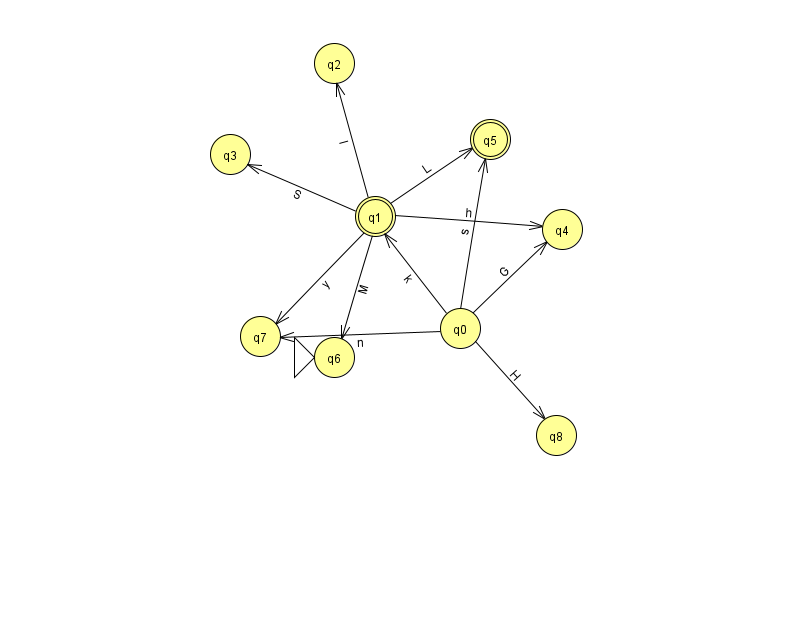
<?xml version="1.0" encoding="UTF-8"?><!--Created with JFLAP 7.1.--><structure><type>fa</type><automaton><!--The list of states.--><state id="0" name="q0"><x>460.0</x><y>315.0</y></state><state id="1" name="q1"><x>375.0</x><y>203.0</y><final/></state><state id="2" name="q2"><x>334.0</x><y>50.0</y></state><state id="3" name="q3"><x>230.0</x><y>141.0</y></state><state id="4" name="q4"><x>562.0</x><y>216.0</y></state><state id="5" name="q5"><x>490.0</x><y>126.0</y><final/></state><state id="6" name="q6"><x>334.0</x><y>344.0</y><initial/></state><state id="7" name="q7"><x>260.0</x><y>323.0</y></state><state id="8" name="q8"><x>556.0</x><y>422.0</y></state><!--The list of transitions.--><transition><from>1</from><to>4</to><read>h</read></transition><transition><from>1</from><to>5</to><read>L</read></transition><transition><from>1</from><to>6</to><read>M</read></transition><transition><from>0</from><to>1</to><read>k</read></transition><transition><from>0</from><to>8</to><read>H</read></transition><transition><from>1</from><to>7</to><read>y</read></transition><transition><from>1</from><to>3</to><read>S</read></transition><transition><from>0</from><to>7</to><read>n</read></transition><transition><from>0</from><to>4</to><read>G</read></transition><transition><from>0</from><to>5</to><read>s</read></transition><transition><from>1</from><to>2</to><read>I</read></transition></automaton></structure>